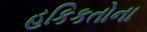
હકિકતોના